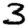
Digit: 3